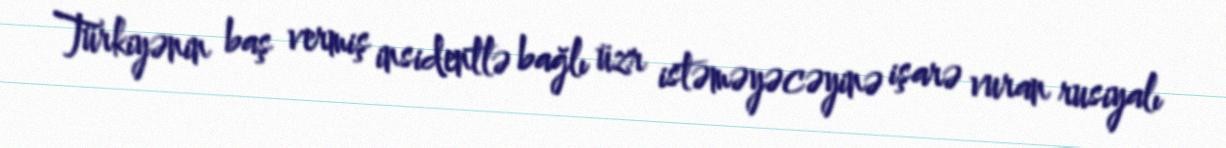
Türkiyənin baş vermiş insidentlə bağlı üzr istəməyəcəyinə işarə vuran rusiyalı